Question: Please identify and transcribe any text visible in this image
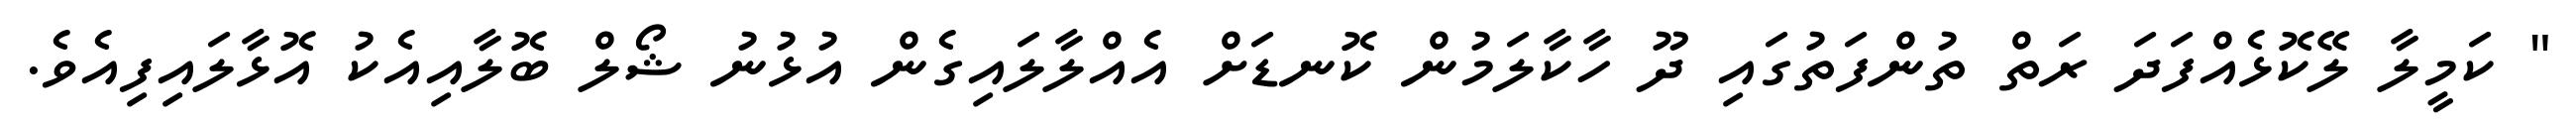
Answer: " ކަމީލާ ލޭކޮޅެއްފަދަ ރަތް ތުންފަތުގައި ދޫ ހާކާލަމުން ކޮނޑަށް އެއްލާލައިގެން އުޅުނު ޝޯލް ބޮލާއިއެކު އޮޅާލައިފިއެވެ.